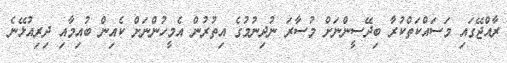
ރާއްޖޭގައި މަސައްކަތްކުރާ ބިދޭސީންނަށް މުސާރަ ނުދިނުމުގެ އިތުރުން އެމީހުންނަށް ކެއިން ބުއިމާއި ދިރިއުޅޭނެ